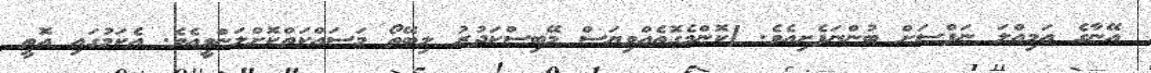
އޭނާގެ އަމިއްލަ ނަފްސަށް ބުންނަފެށިއެވެ. [ކޮންމެގޮތެއްވިޔަސް މޭބިސްކަދުރު ލިބޭތޯ މަސައްކަތްކޮށްލަންވީއެވެ. އެކަމުގައި އޮތީ